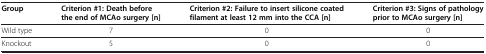
| Group | Criterion #1: Death before the end of MCAo surgery [n] | Criterion #2: Failure to insert silicone coated filament at least 12 mm into the CCA [n] | Criterion #3: Signs of pathology prior to MCAo surgery [n] |
 | --- | --- | --- | --- |
 | Wild type | 7 | 0 | 0 |
 | Knockout | 5 | 0 | 0 |